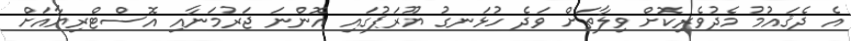
އެ ދެޤައުމު މެދުވެރިކޮށް ވިލާތަށް ވަދެ ހުޅަނގު ޔޫރަޕުގައި އޮންނަ ޖަރުމަނާއި އޮސްޓްރިޔާއަށް